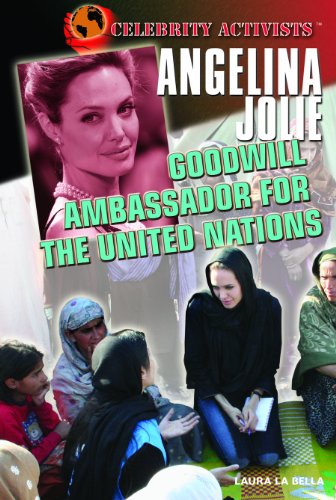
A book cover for Angelina Jolie: Goodwill Ambassador for the United Nations (Celebrity Activists); Laura La Bella; Teen & Young Adult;